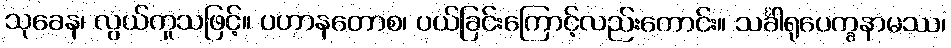
သုခေန၊ လွယ်ကူသဖြင့်။ ပဟာနတောစ၊ ပယ်ခြင်းကြောင့်လည်းကောင်း။ သင်္ခါရုပေက္ခနာမဿ၊